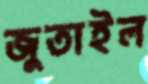
জুতাইল